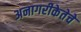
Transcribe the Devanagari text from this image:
अनागरीकेतेचे